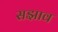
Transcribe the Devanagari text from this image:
सझाव